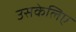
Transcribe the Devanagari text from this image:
उसकेलिए